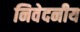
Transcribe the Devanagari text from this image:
निवेदनीय